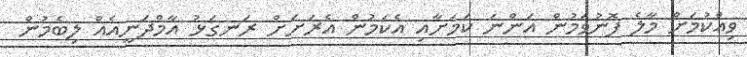
ވިއްކުމަށް މާލެ ފޮނުވަމުން އަންނަ ކަމަށާއި އެކަމުން އެރަށަށް ރަނގަޅު އާމްދަނީއެއް ލިބެމުން